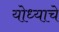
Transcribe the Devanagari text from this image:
योध्याचे